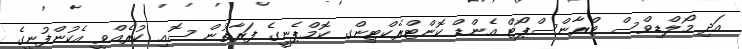
އަދި މޯލްޑިވްސް ޓްރާންސްޕޯޓް އެންޑް ކޮންޓްރެކްޓިންގ ކޮމްޕެނީގެ ފަރާތުން ސޮއި ކުރެއްވީ އެކުންފުނީގެ